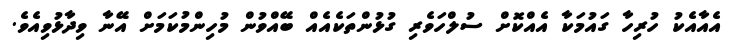
އެއާއެކު ހުރިހާ ގައުމަކާ އެއްކޮށް ސުލްހަވެރި ގުޅުންތަކެއެއް ބޭއްވުން މުހިންމުކަމަށް އޭނާ ވިދާޅުވިއެވެ.